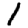
Digit: 1